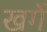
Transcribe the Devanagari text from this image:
खर्गे